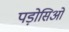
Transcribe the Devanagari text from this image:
पड़ोसिओं